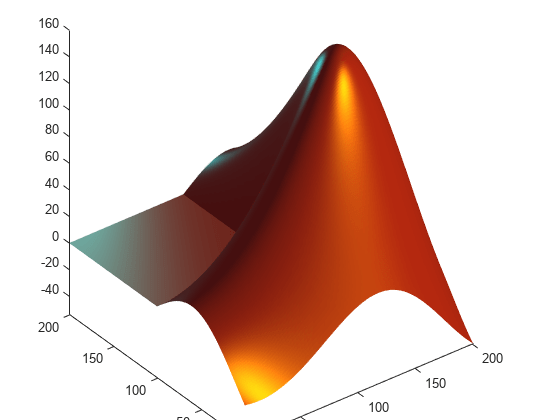
matlab, surface, light